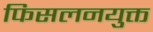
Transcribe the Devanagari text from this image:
फिसलनयुक्त